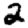
Digit: 2